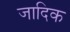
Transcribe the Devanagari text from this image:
जादिक